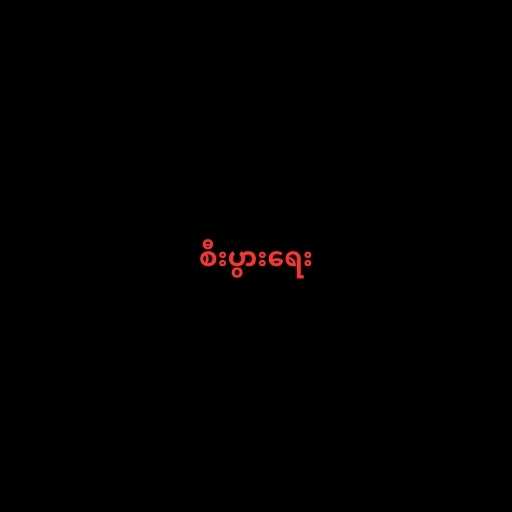
စီးပွားရေး